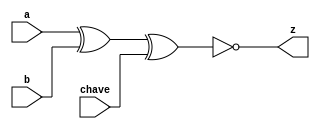
// -------------------------
// Exemplo0036 - LU
// Nome: Breno Macena Pereira de Souza
// -------------------------
// -------------------------
// LU_gate
// -------------------------
module lu (output z, input a, input b, input chave);
   wire s0, s1;

   xor XOR1 (s0, a, b);
   xor XOR2 (s1, s0, chave);
   not NOT (z, s1);
endmodule

module lu4 (output [3:0] z, input [3:0] a, input [3:0] b, input chave);
    lu LU1 (z[0], a[0], b[0], chave);
    lu LU2 (z[1], a[1], b[1], chave);
    lu LU3 (z[2], a[2], b[2], chave);
    lu LU4 (z[3], a[3], b[3], chave);
endmodule

module test_LU;
// ------------------------- definir dados
   reg [3:0] x;
   reg [3:0] y;
   reg chave;
   wire [3:0] z;
   lu4 LU (z, x, y, chave);

// ------------------------- parte principal
initial begin
   $display("Exemplo0036 - Breno Macena - 462017");
   $display("Test LU's module");

   x = 4'b0110; y = 4'b1010;

#1 chave = 0;

#1 $display("chave = ",chave);
   $display("%3b   %3b = %3b",x,y,z);

#1 chave = 1;

#1 $display("chave = ",chave);
   $display("%3b   %3b = %3b",x,y,z);

end
endmodule // test_LU